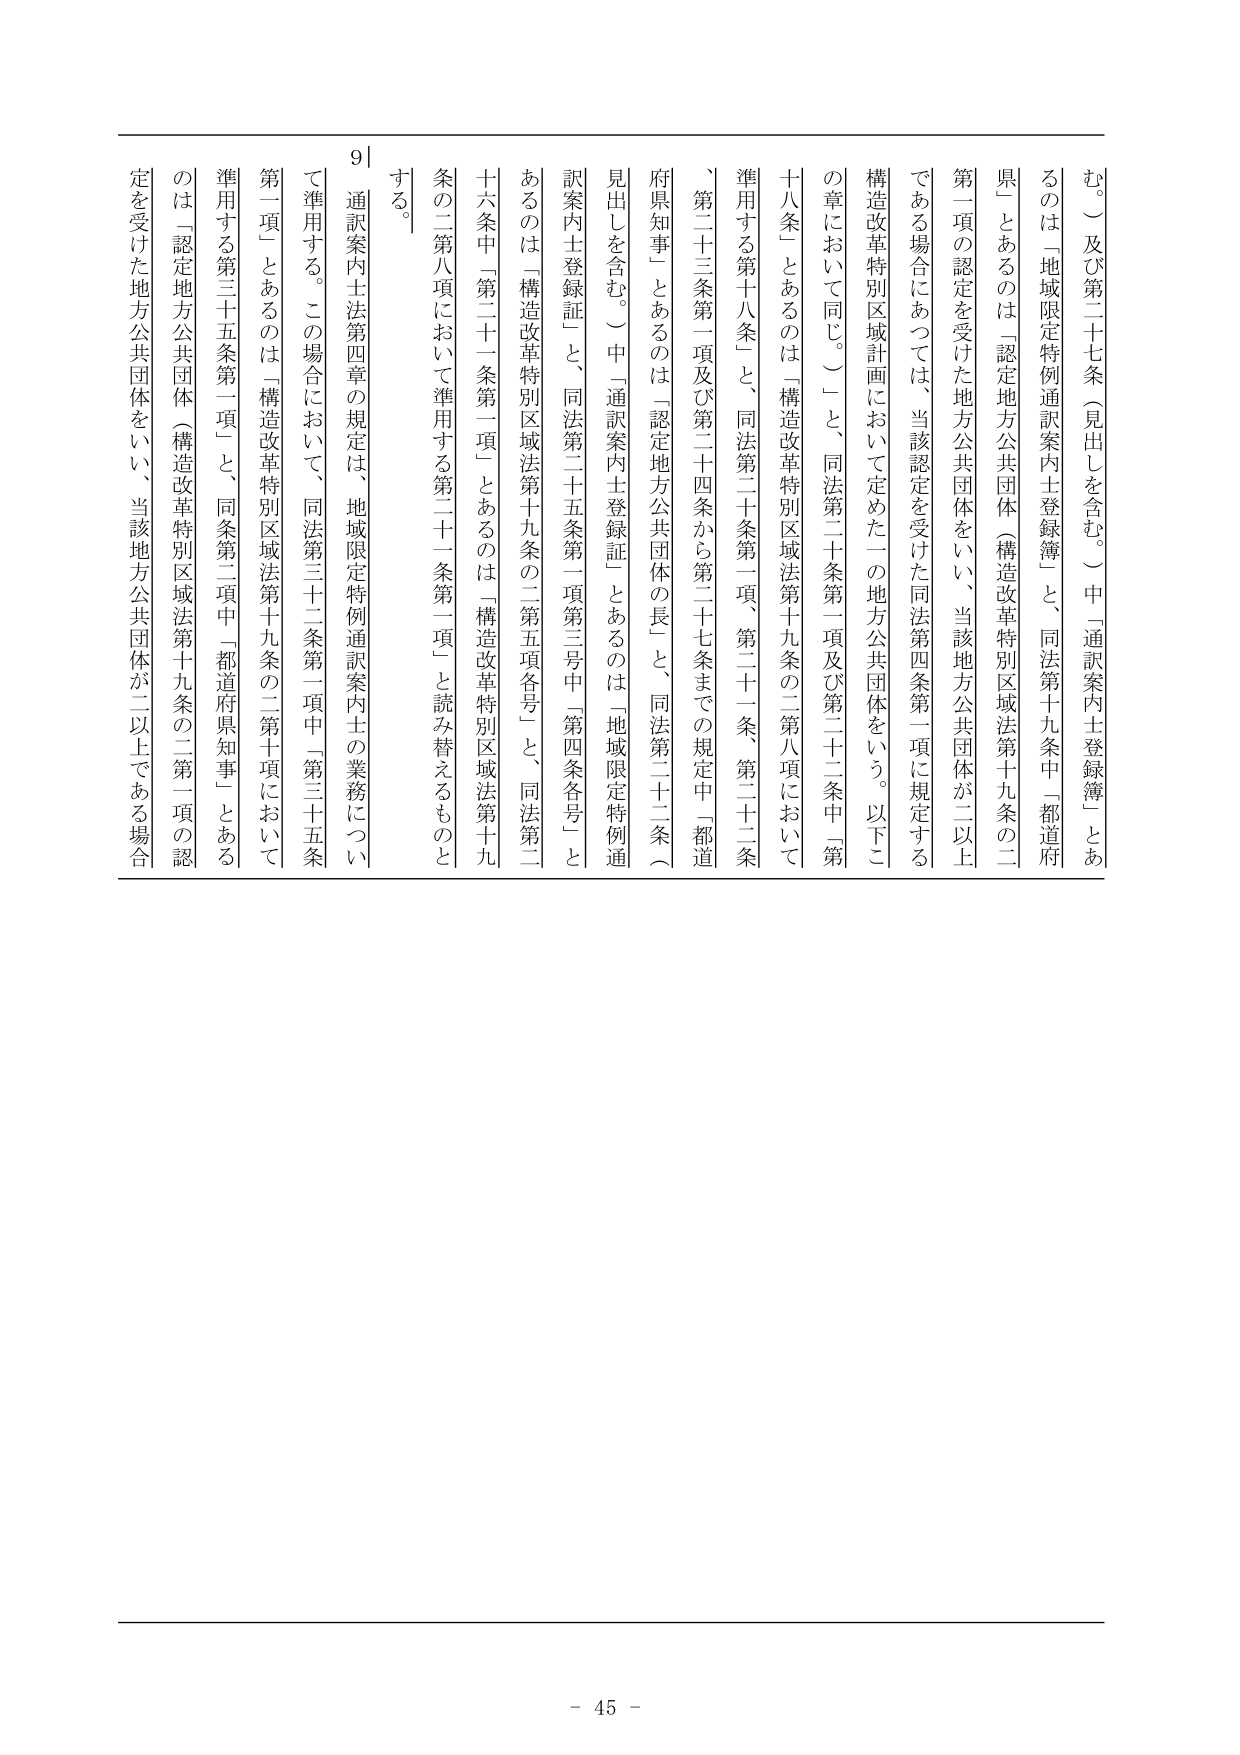
む。）及び第二十七条（見出しを含む。）中「通訳案内士登録簿」とあるのは「地域限定特例通訳案内士登録簿」と、同法第十九条中「都道府県」とあるのは「認定地方公共団体（構造改革特別区域法第十九条の二第一項の認定を受けた地方公共団体をい、当該地方公共団体が二以上である場合にあっては、当該認定を受けた同法第四条第一項に規定する構造改革特別区域計画において定めた一の地方公共団体をいう。以下この章において同じ。）」と、同法第二十条第一項及び第二十二条中「第十八条」とあるのは「構造改革特別区域法第十九条の二第八項において準用する第十八条」と、同法第二十条第一項、第二十一条、第二十二条、第二十三条第一項及び第二十四条から第二十七条までの規定中「都道府県知事」とあるのは「認定地方公共団体の長」と、同法第二十二条（見出しを含む。）中「通訳案内士登録証」とあるのは「地域限定特例通訳案内士登録証」と、同法第二十五条第一項第三号中「第四条各号」とあるのは「構造改革特別区域法第十九条の二第五項各号」と、同法第二十六条中「第二十一条第一項」とあるのは「構造改革特別区域法第十九条の二第八項において準用する第二十一条第一項」と読み替えるものとする。

通訳案内士法第四章の規定は、地域限定特例通訳案内士の業務について準用する。この場合において、同法第三十二条第一項中「第三十五条第一項」とあるのは「構造改革特別区域法第十九条の二第十項において準用する第三十五条第一項」と、同条第二項中「都道府県知事」とあるのは「認定地方公共団体（構造改革特別区域法第十九条の二第一項の認定を受けた地方公共団体をい、当該地方公共団体が二以上である場合

9|

- 45 -